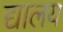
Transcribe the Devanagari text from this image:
द्यालय